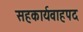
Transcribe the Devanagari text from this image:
सहकार्यवाहपद